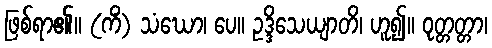
ဖြစ်ရာ၏။ (ကိံ) သံဃော၊ ပေ။ ဥဒ္ဒိသေယျာတိ၊ ဟူ၍။ ဝုတ္တတ္တာ၊